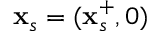
\mathbf { x } _ { s } = ( \mathbf { x } _ { s } ^ { + } , 0 )